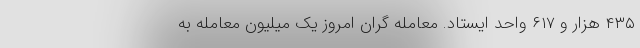
۴۳۵ هزار و ۶۱۷ واحد ایستاد. معامله گران امروز یک میلیون معامله به